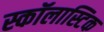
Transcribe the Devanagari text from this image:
स्कॉलास्टिक